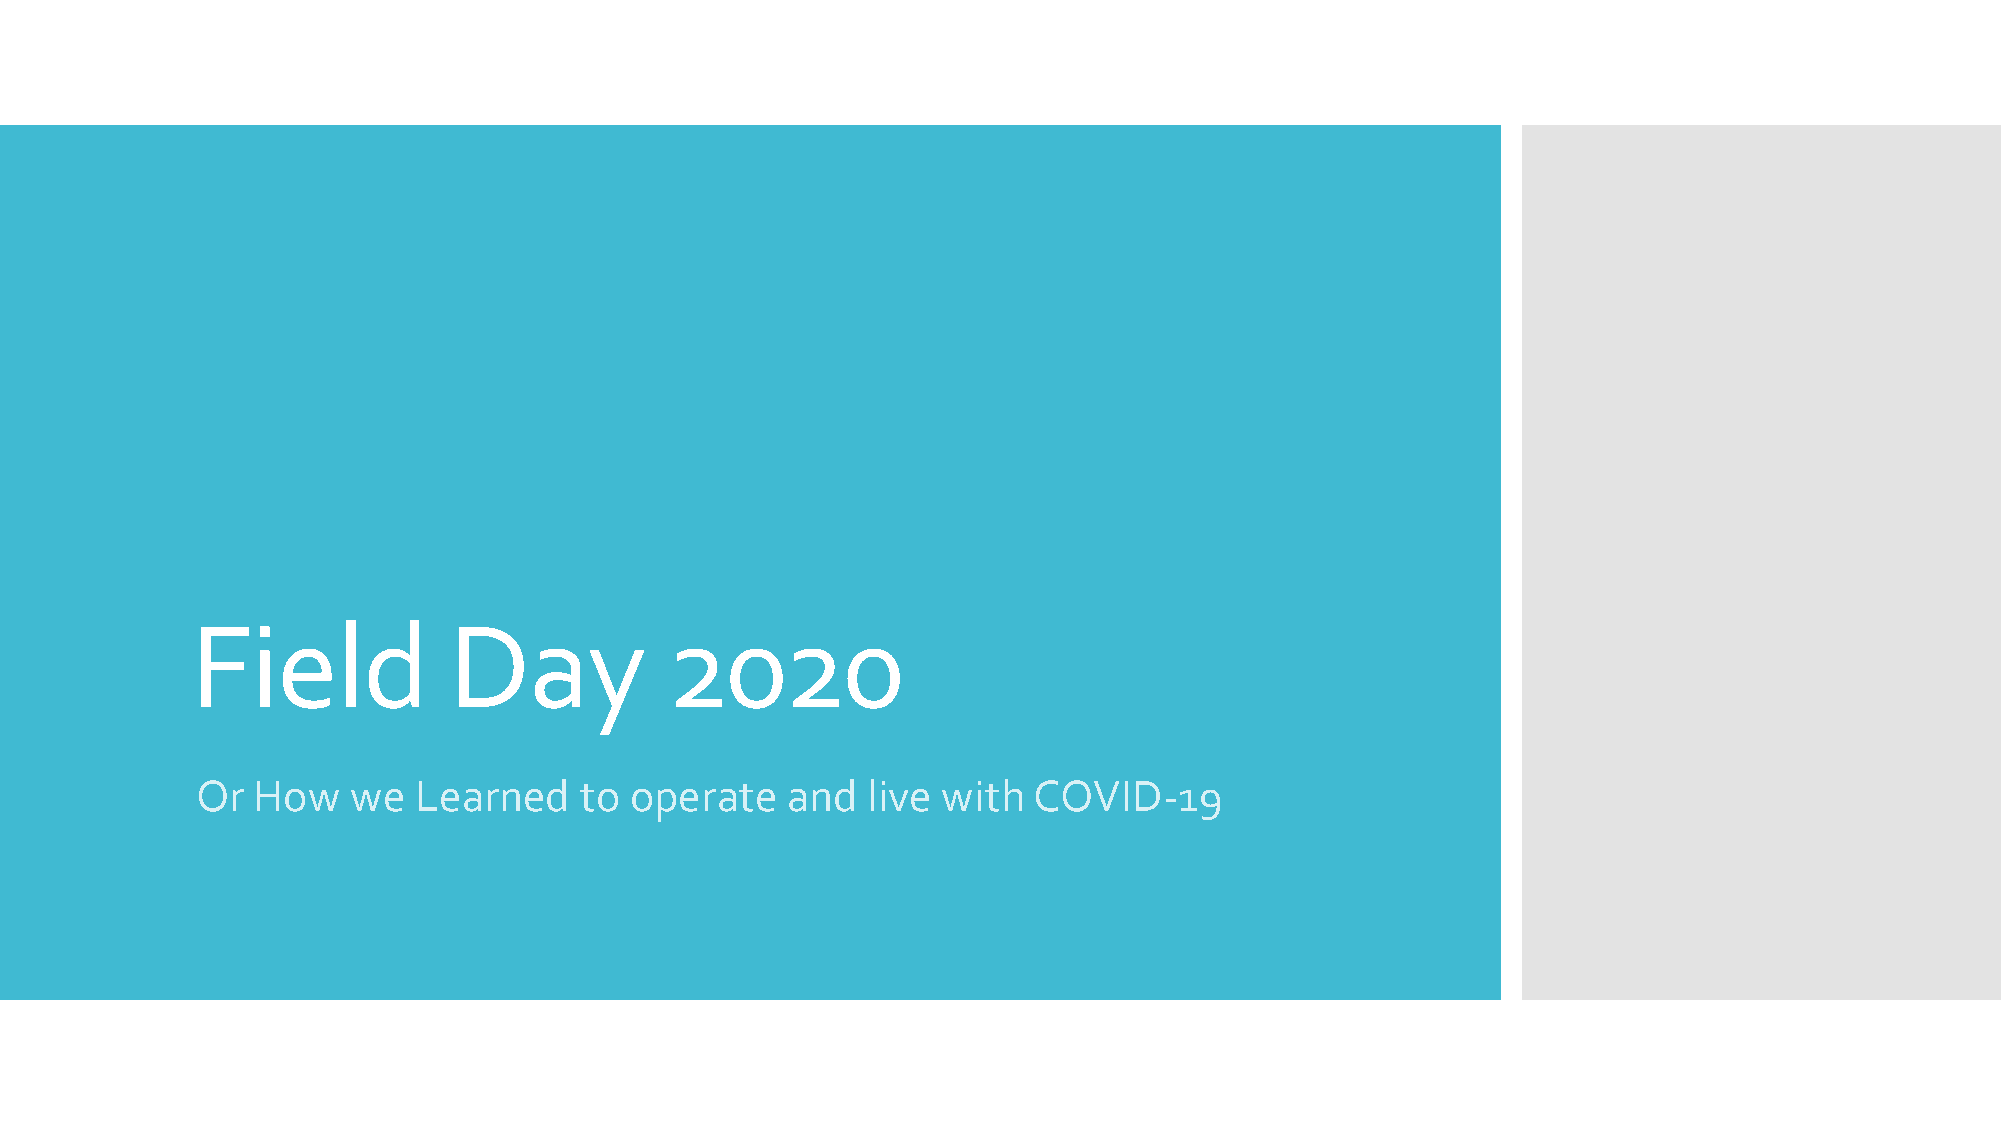
Field            Day           2020
 Or  How   we  Learned    to  operate   and  live with  COVID-19